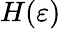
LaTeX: H(\varepsilon)